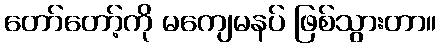
တော်တော့်ကို မကျေမနပ် ဖြစ်သွားတာ။